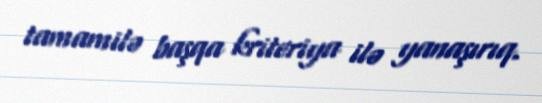
tamamilə başqa kriteriya ilə yanaşırıq.